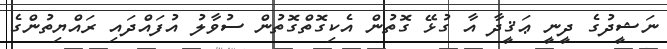
ނަޝީދުގެ ދީނީ ޢަޤީދާ އާ ގުޅޭ ގޮތުން އެކިގޮތްގޮތުން ސުވާލު އުފައްދައި ރައްޔިތުންގެ